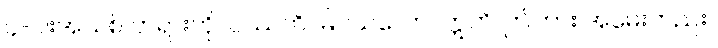
၄-ပါးအသစ် တရားကို။ ပဿတိ၊ မြင်သလော။ ဣတိ၊ ဤကား အမေးတည်း။